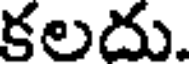
కలదు.